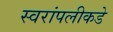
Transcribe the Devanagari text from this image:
स्वरांपलीकडे